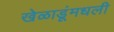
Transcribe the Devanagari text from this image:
खेळाडूंमधली